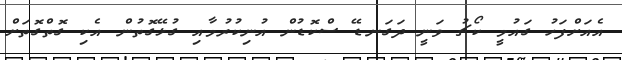
އެއަށްފަހު ގައުމީ ކޯޗު ވަނީ ދަގަނޑޭ ސްކޮޑުން އުނިކުރުމާއި ގުޅޭގޮތުން އެކި ގޮތްގޮތަށް